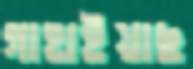
গাহাইয়াছ